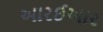
આરઈઆર